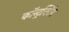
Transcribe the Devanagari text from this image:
कॉन्ट्रक्टिंग